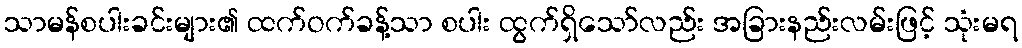
သာမန်စပါးခင်းများ၏ ထက်ဝက်ခန့်သာ စပါး ထွက်ရှိသော်လည်း အခြားနည်းလမ်းဖြင့် သုံးမရ